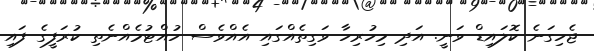
ޖެހިގަނެ ކޮލައިޑް ވަނީ. އަދި މިހުރިހާ ވަގިތެއްގައި އެއްވެސް ހުއްޓުމެއްނެތި ކުރަފީގެ ފައި